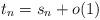
LaTeX: \begin{align*}t_n=s_n+o(1)\end{align*}